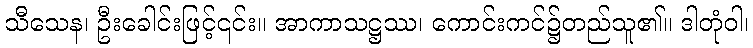
သီသေန၊ ဦးခေါင်းဖြင့်၎င်း။ အာကာသဋ္ဌဿ၊ ကောင်းကင်၌တည်သူ၏။ ဒါတုံဝါ၊